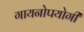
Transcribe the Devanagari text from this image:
गायनोपयोगी